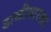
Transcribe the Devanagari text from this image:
डाळीसारखा